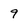
Character: 9